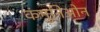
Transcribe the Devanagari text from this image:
कंमुनिओन